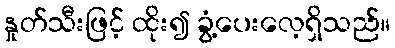
နှုတ်သီးဖြင့် ထိုး၍ ခွံ့ပေးလေ့ရှိသည်။